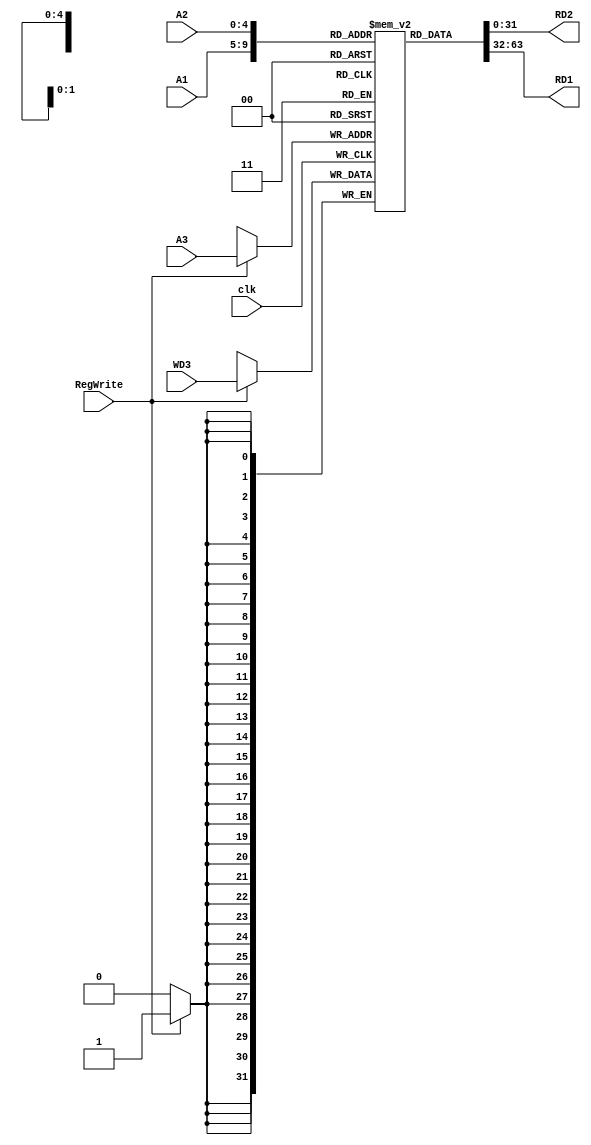
module Reg_File (
    input               clk,
    input       [4:0]   A1,
    input       [4:0]   A2,
    input       [4:0]   A3,

    input               RegWrite,
    input       [31:0]  WD3,
    output      [31:0]  RD2,
    output      [31:0]  RD1

);
    // lw : load word instr [op(6bit) rs(5bit) rd(5bit) imm(16bit)]

    reg [31:0]  ROM [31:0];
    initial begin
        ROM[0] <= 32'b0;
        ROM[1] <= 32'b0;
        ROM[2] <= 32'b0;
        ROM[3] <= 32'b0;
        ROM[4] <= 32'b0;
        ROM[5] <= 32'b0;
        ROM[6] <= 32'b0;
        ROM[7] <= 32'b0;
        ROM[8] <= 32'b0;
        ROM[9] <= 32'b0;
        ROM[10] <= 32'b0;
        ROM[11] <= 32'b0;
        ROM[12] <= 32'b0;
        ROM[13] <= 32'b0;
        ROM[14] <= 32'b0;
        ROM[15] <= 32'b0;
    end


    assign RD1 = ROM[A1];
    assign RD2 = ROM[A2];
    // RegWrite is set to 1 when lw Instr is executed
    always @(posedge clk) begin
        if (RegWrite) begin
            // load word
            ROM[A3] <= WD3;
        end
    end
endmodule